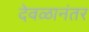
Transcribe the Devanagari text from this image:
देवळानंतर